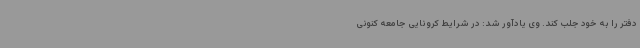
دفتر را به خود جلب کند. وی یادآور شد: در شرایط کرونایی جامعه کنونی